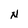
Character: N